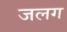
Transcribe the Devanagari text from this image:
जलग